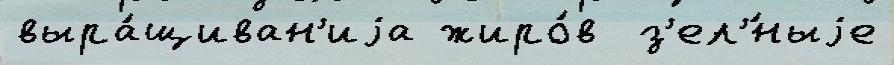
выра́щиван'иjа жиро́в  з'ел'́ныjе